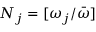
N _ { j } = [ \omega _ { j } / \Bar { \omega } ]